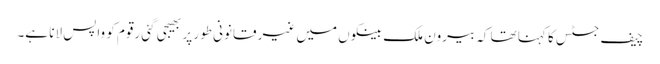
چیف جسٹس کا کہنا تھا کہ بیرون ملک بینکوں میں غیر قانونی طور پر بھیجی گئی رقوم کو واپس لانا ہے۔